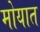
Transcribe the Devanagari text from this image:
मोयात